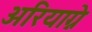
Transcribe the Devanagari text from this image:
अरियाग्ने